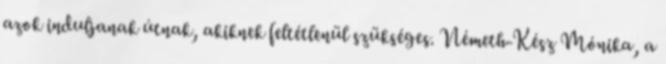
azok induljanak útnak, akiknek feltétlenül szükséges. Németh-Kész Mónika, a